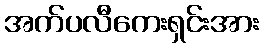
အက်ပလီကေးရှင်းအား